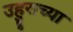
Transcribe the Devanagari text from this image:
उहुराच्या